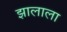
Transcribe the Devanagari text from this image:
झालाला